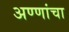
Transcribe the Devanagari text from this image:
अण्णांचा